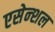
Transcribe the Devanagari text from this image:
एसेन्शल